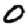
Digit: 0